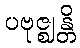
ပဗုဇ္ဈန္တိ